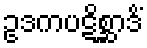
ဥဒကပဋိစ္ဆာဒိံ